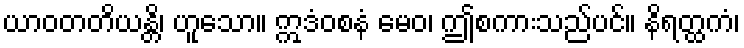
ယာဝတတိယန္တိ၊ ဟူသော။ ဣဒံဝစနံ မေဝ၊ ဤစကားသည်ပင်။ နိရတ္ထကံ၊